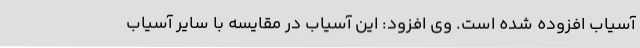
آسیاب افزوده شده است. وی افزود: این آسیاب در مقایسه با سایر آسیاب